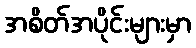
အစိတ်အပိုင်းများမှာ